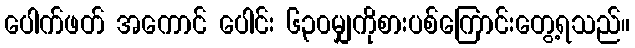
ပေါက်ဖတ် အကောင် ပေါင်း ၆၃၀မျှကိုစားပစ်ကြောင်းတွေ့ရသည်။